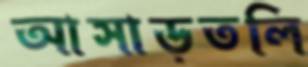
আসাড়তলি